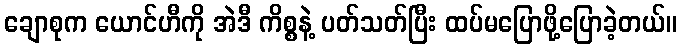
ချောစုက ယောင်ဟီကို အဲဒီ ကိစ္စနဲ့ ပတ်သတ်ပြီး ထပ်မပြောဖို့ပြောခဲ့တယ်။